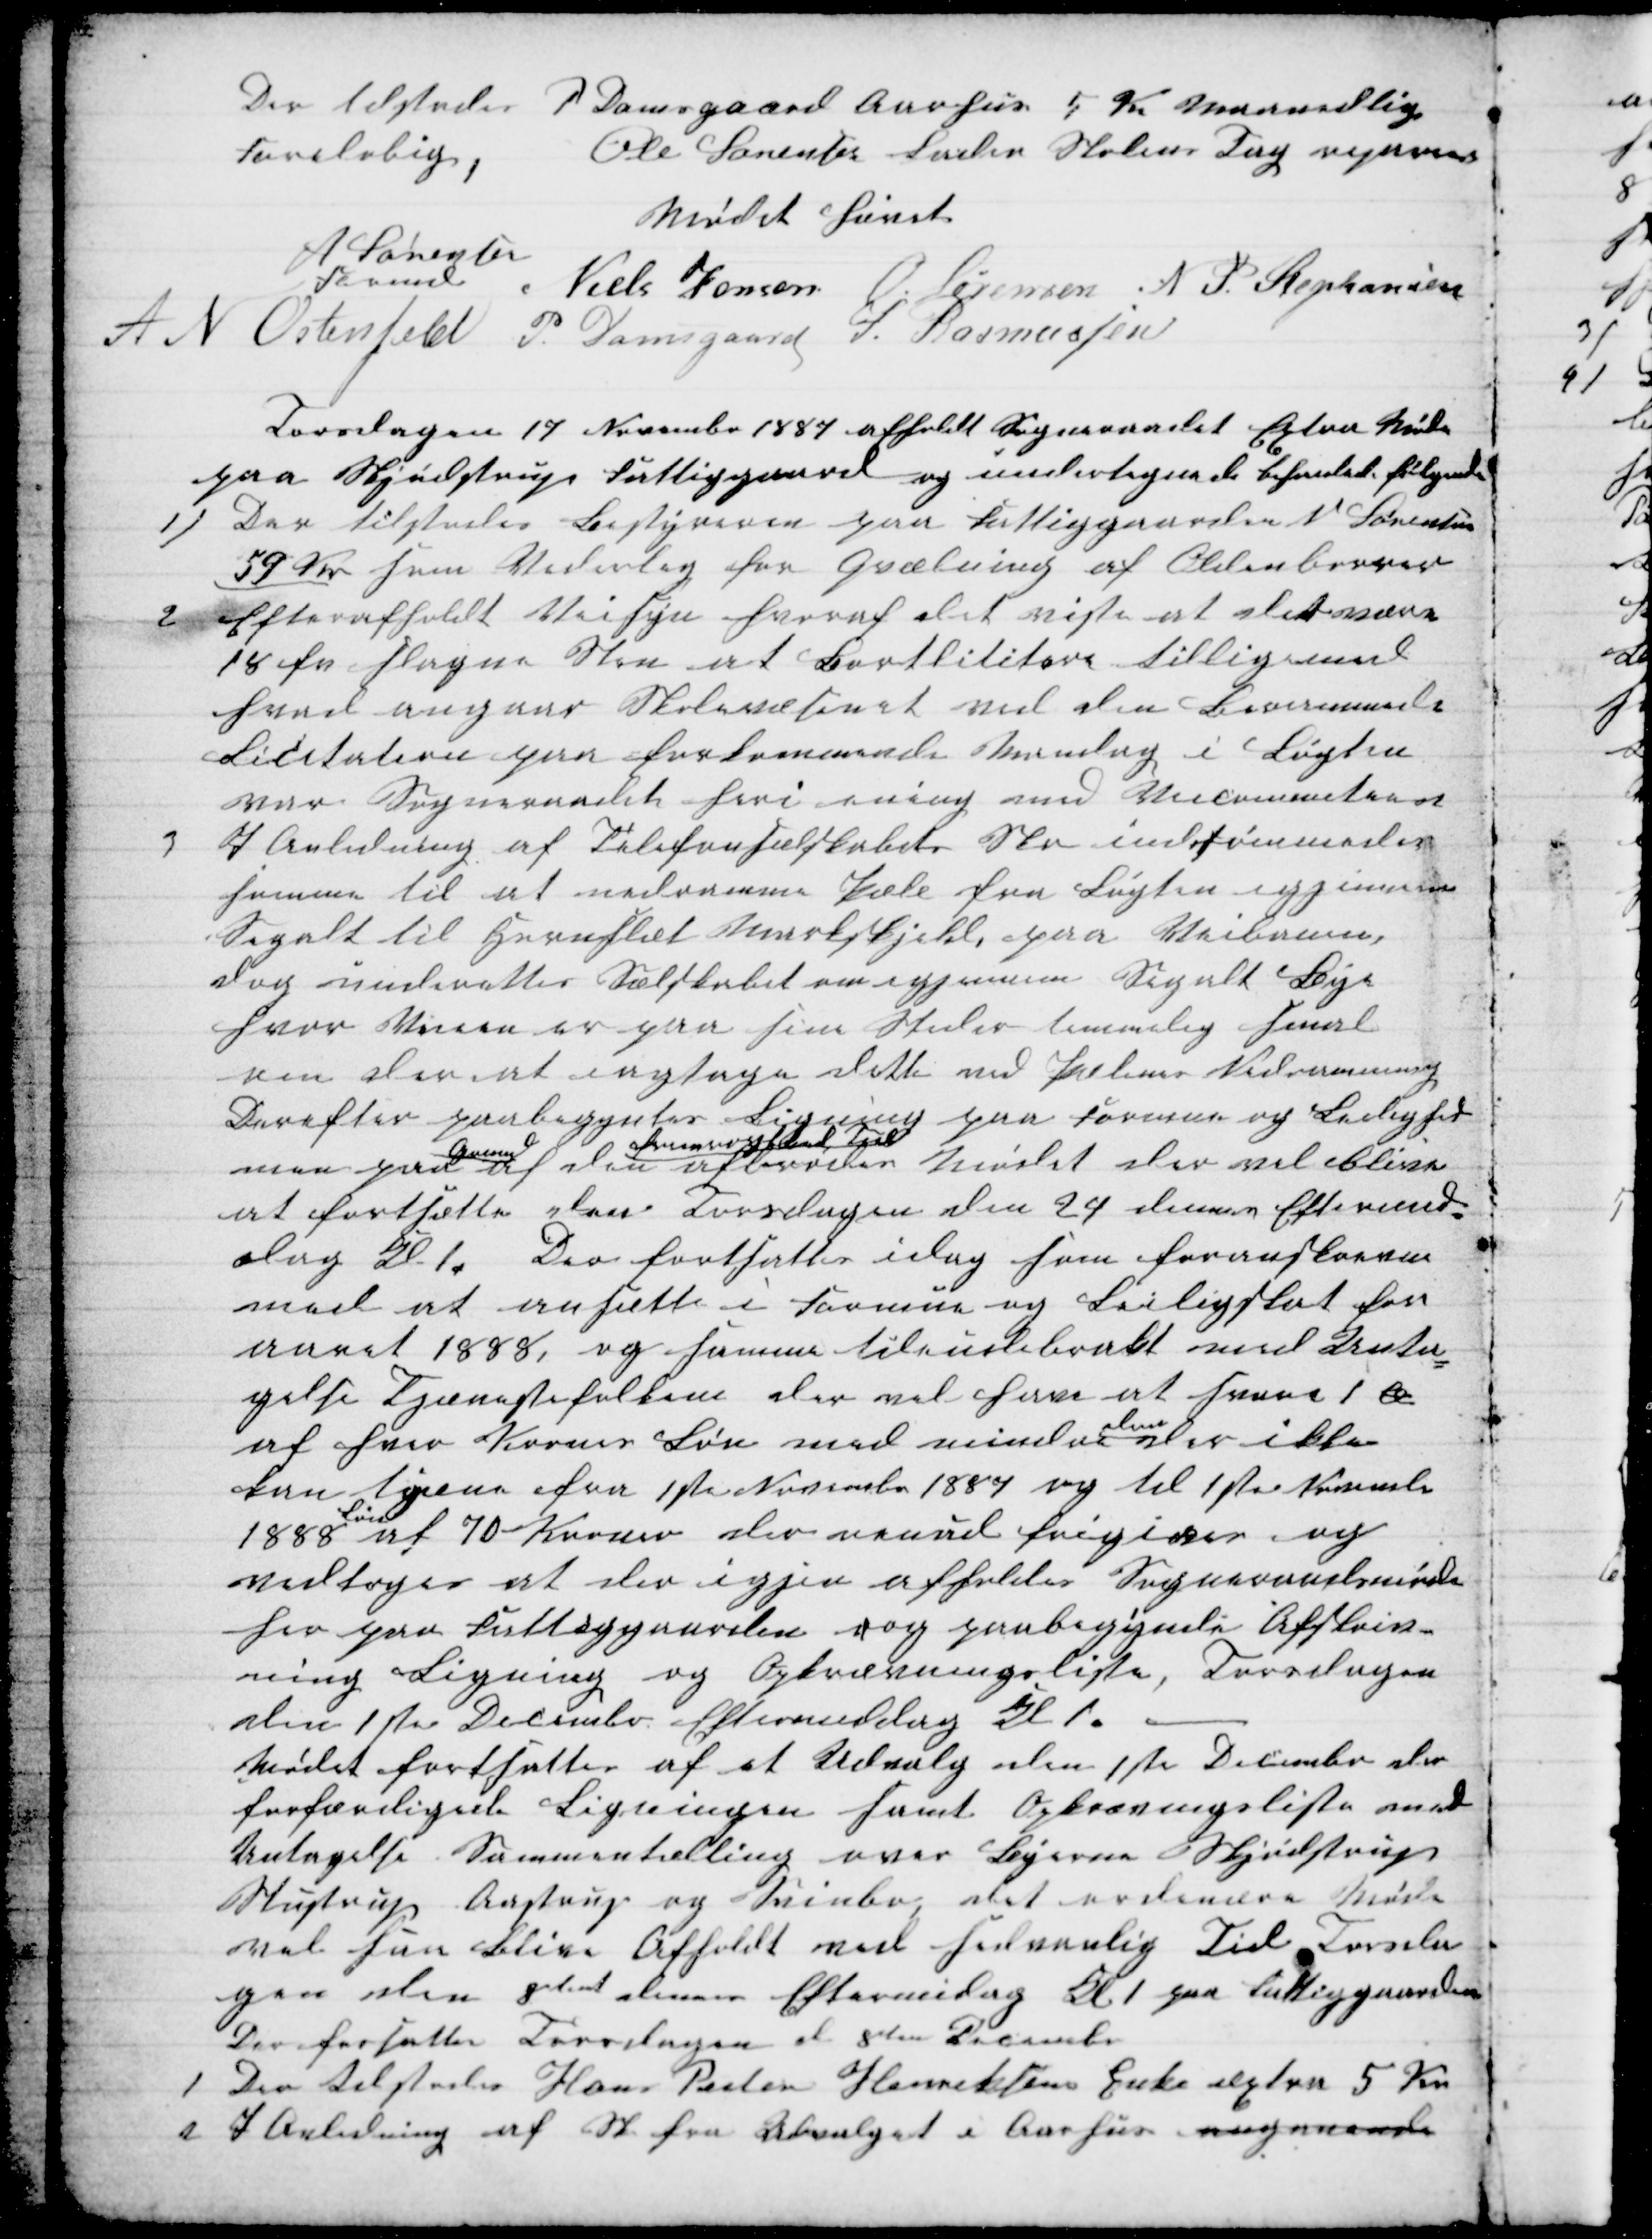
Transskription:
Der tilstodes P Damsgaard Aarhus 5 Kr Maanedlig
Foreløbig,
Ole Sørensen Lader Skolens Tag reparere
Mødet hævet
A Sørensen
Formand
Niels Jensen O. Sørensen N P. Stephansen
A N Ostensfeld P. Damsgaard J. Rasmussen
Torsdagen 17 November 1887 afholdt Sogneraadet Extra Møde
paa Skjødstrup Fattiggaard og undertegnede behanlede følgende
1) Der tilstodes Bestyreren paa Fattiggaarden N. Sørensen
59 Kr som Vederlag for Qvælning af Oldenborrer
2
Efter afholdt Veisyn hvoraf det viste at det være
18 fv slagne Sten at Bortlititere tilligemed
hvad angaar Skolevæsenet ved den Berammede
Licitation paa forkommende Mandag i Løgten
var Sogneraadet heri ening med Veicommiteen
3
I Anledning af Telefonselskabets Skr indrømmedes
samme til at nedramme Pæle fra Løgten igjennem
Segalt til Hornslet Markskjel, paa Veibanen,
dog underettes Selskabet om igjennem Segalt Bye
hvor Veien er paa sine Skoler temmelig snert
ren der at iagtage dette ved Pælenes Nedramning
Derefter paabegyntes Ligning paa Formue og Leilighed
men paa 
Grund
af den 
fremargtede Tid
afbrødes Mødet der vil blive
at fortsætte den Torsdagen den 24 dennes Eftermid-
dag Kl 1. Der fortsattes idag som foranskreven
med at ansætte i Formue og Leiligskat for
aaret 1888, og samme tilendebrakt med Unta-
gelse Tjænestefolkene der vil have at svare1 Ø
af hver Krones Løn med mindre 
dem
der ikke
kan tjæne fra 1ste November 1887 og til 1ste Novembe
1888 
Løn
af 70 Kroner der oenud frigives og
vedtoges at der igjen afholdes Sogneraadsmøde
her paa Fattiggaarden oog paabegynde Afskriv-
ning Ligning og Opkrævningsliste, Torsdagen
den 1ste Decembr. Eftermiddag Kl 1.
Mødet fortsattes af et Udvalg den 1ste Decembr der
forfærdigede Ligningen samt Opkrævningsliste med
Untagelse Sammentælling over Byerne Skjødstrup
Stustrup Aastrup og Svinbo, det ordinære Møde
vil saa blive Afholdt ved sedvanlig Tid Torsda-
gen den 8dend Eftermidag Kl 1 paa Fattiggaarden
Der forsattes Torsdagen d 8den Decembr
1 Der tilstodes Hans Peder Henriksens Enke æxtra 5 Kr
2 I Anledning af Skr fra Udvalget i Aarhus angaaende